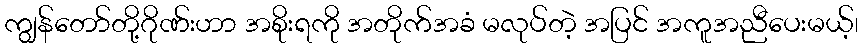
ကျွန်တော်တို့ဂိုဏ်းဟာ အစိုးရကို အတိုက်အခံ မလုပ်တဲ့ အပြင် အကူအညီပေးမယ့်၊